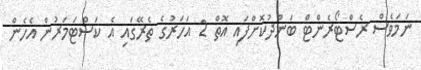
ނަމަވެސް ރެސްޓޯރެންޓް ބަންދުކޮށްފައި އޮތް 2 އަހަރުގެ ތެެރޭގައި އެ ކަސްޓަމަރުން އެހެން